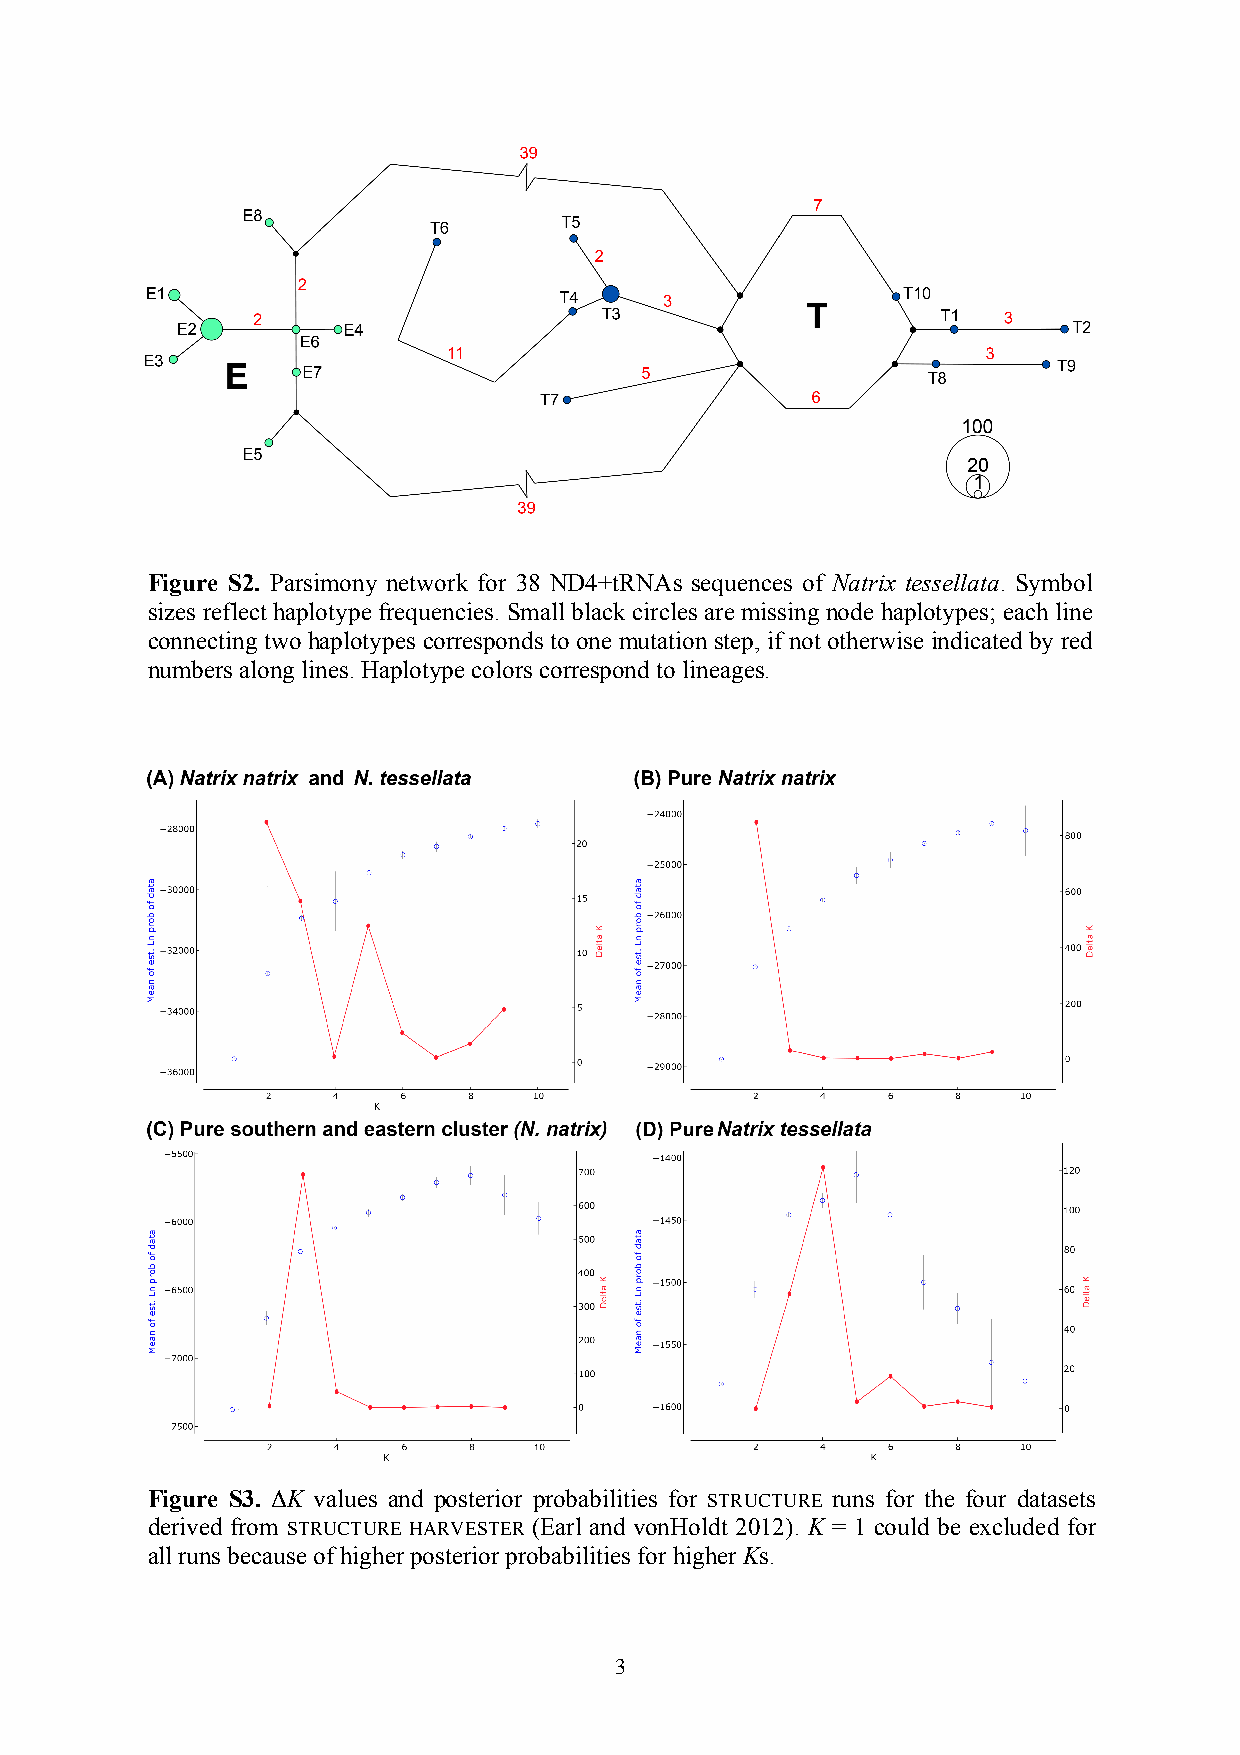
Figure S2. Parsimony network for 38 ND4+tRNAs sequences of Natrix tessellata. Symbol
 sizes reflect haplotype frequencies. Small black circles are missing node haplotypes; each line
 connecting two haplotypes corresponds to one mutation step, if not otherwise indicated by red
 numbers along lines. Haplotype colors correspond to lineages.
 Figure S3. K values and posterior probabilities for STRUCTURE runs for the four datasets
 derived from STRUCTURE HARVESTER (Earl and vonHoldt 2012). K = 1 could be excluded for
 all runs because of higher posterior probabilities for higher Ks.
 3